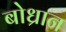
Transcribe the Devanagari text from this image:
बोध्रान